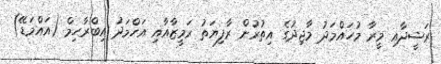
ރަޝީދާއި މީރާ މުހައްމަދު މާޖިދުގެ އިތުރުން ރާފިޔަތު ރަމީޒާއާއި އަހްމަދު އިބްރާހިމް (އައްމަޑޭ)